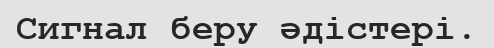
Сигнал беру әдістері.